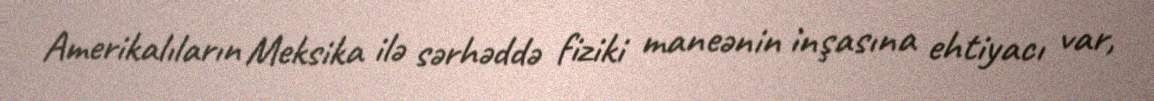
Amerikalıların Meksika ilə sərhəddə fiziki maneənin inşasına ehtiyacı var,